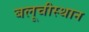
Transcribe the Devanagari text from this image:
बलूचीस्थान